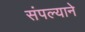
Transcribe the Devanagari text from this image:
संपल्‍याने